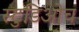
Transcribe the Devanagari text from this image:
स्टुडिओच